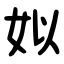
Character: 姒